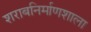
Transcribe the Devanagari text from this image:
शराबनिर्माणशाला